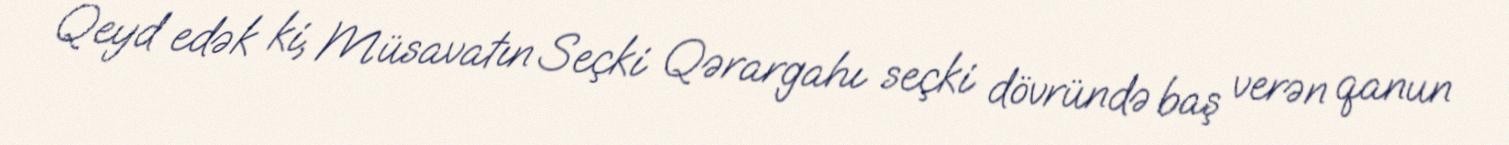
Qeyd edək ki, Müsavatın Seçki Qərargahı seçki dövründə baş verən qanun